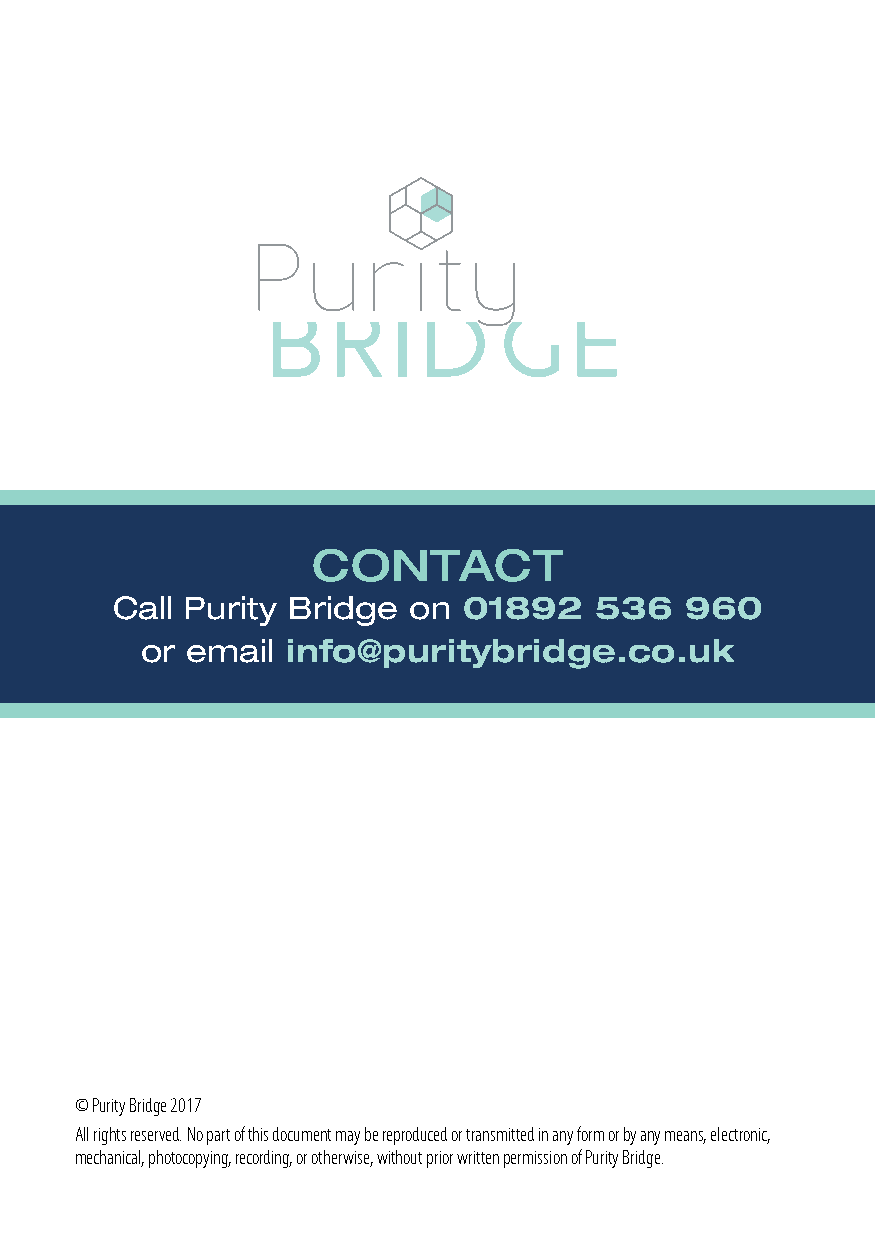
ContaCt
 Call Purity Bridge  on  01892   536   960
 or email  info@puritybridge.co.uk
 © Purity Bridge 2017
 All rights reserved. No part of this document may be reproduced or transmitted in any form or by any means, electronic,
 mechanical, photocopying, recording, or otherwise, without prior written permission of Purity Bridge.